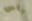
باس